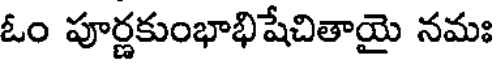
ఓం పూర్ణకుంభాభిషేచితాయై నమః